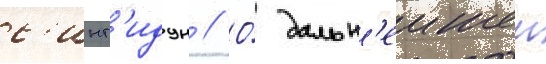
с'инг'идун // О́ дальн'еишеи